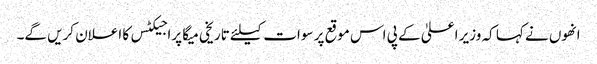
انھوں نے کہا کہ وزیر اعلیٰ کے پی اس موقع پر سوات کیلئے تاریخی میگا پراجیکٹس کا اعلان کریں گے۔